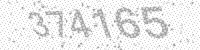
Solution: 374165